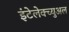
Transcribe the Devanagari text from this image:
इंटेलेक्च्युअल